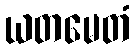
ယတမေတံ